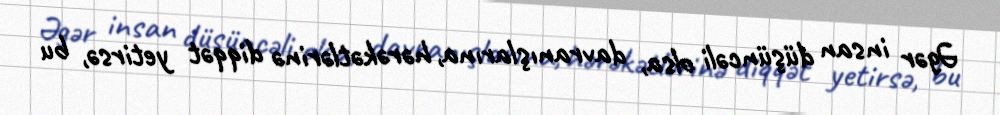
Əgər insan düşüncəli olsa, davranışlarına, hərəkətlərinə diqqət yetirsə, bu